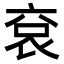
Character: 袞